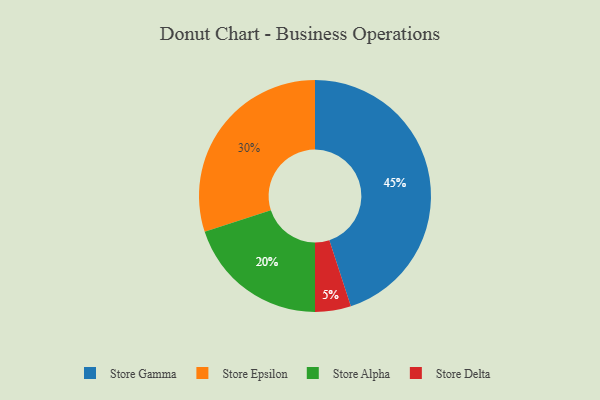
{"axis": {"x": "Category", "y": "Percentage"}, "legend": ["Store Alpha", "Store Delta", "Store Epsilon", "Store Gamma"], "data": [{"x": "Store Epsilon", "y": 30, "type": "Store Epsilon"}, {"x": "Store Delta", "y": 5, "type": "Store Delta"}, {"x": "Store Gamma", "y": 45, "type": "Store Gamma"}, {"x": "Store Alpha", "y": 20, "type": "Store Alpha"}]}